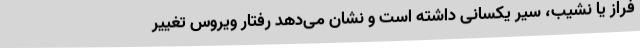
فراز یا نشیب، سیر یکسانی داشته است و نشان می‌دهد رفتار ویروس تغییر